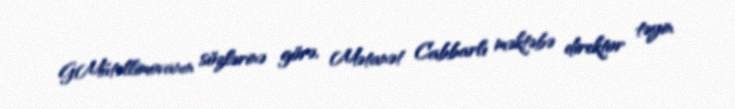
G.Mütəllimovanın sözlərinə görə, Mətanət Cabbarlı məktəbə direktor təyin